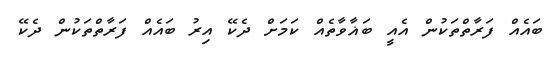
ބައެއް ފަރާތްތަކުން އެއީ ބަޣާވާތެއް ކަމަށް ދެކޭ އިރު ބައެއް ފަރާތްތަކުން ދެކޭ